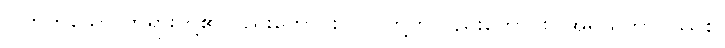
ပြုတတ်သော တရားတို့၏လည်းကောင်း။ ဝါ၊ တို့ကိုလည်းကောင်း။ အရိယဘာဝဿစ၊